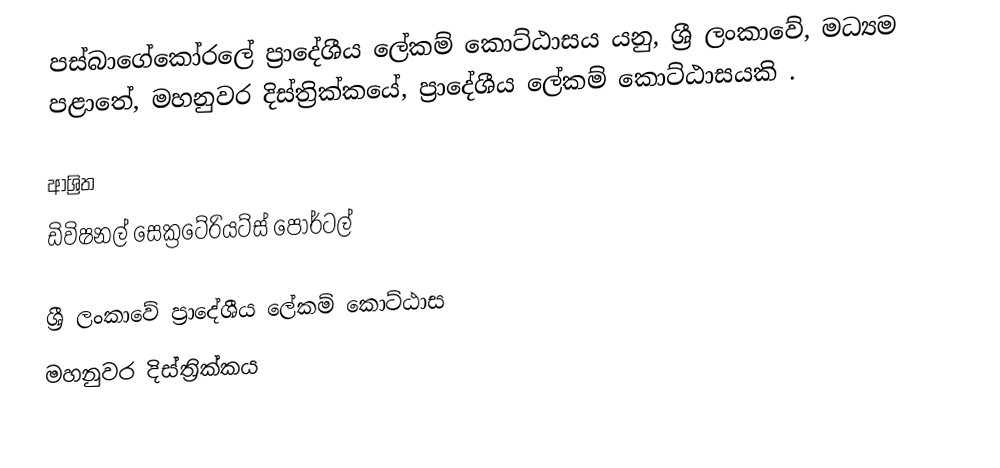
පස්බාගේකෝරලේ ප්‍රාදේශීය ලේකම් කොට්ඨාසය යනු,  ශ්‍රී ලංකාවේ, මධ්‍යම පළාතේ,   මහනුවර දිස්ත්‍රික්කයේ, ප්‍රාදේශීය ලේකම් කොට්ඨාසයකි .

ආශ්‍රිත
 ඩිවිෂනල් සෙක්‍රටේරියට්ස් පෝර්ටල්

ශ්‍රී ලංකාවේ ප්‍රාදේශීය ලේකම් කොට්ඨාස
මහනුවර දිස්ත්‍රික්කය